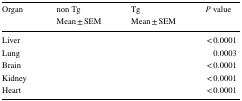
<table><thead><tr><td rowspan="2"><b>Organ</b></td><td><b>non Tg</b></td><td><b>Tg</b></td><td rowspan="2"><b><i>P</i> value</b></td></tr><tr><td><b>Mean ± SEM</b></td><td><b>Mean ± SEM</b></td></tr></thead><tbody><tr><td>Liver</td><td>[EMPTY_CELL]</td><td>[EMPTY_CELL]</td><td>&lt; 0.0001</td></tr><tr><td>Lung</td><td>[EMPTY_CELL]</td><td>[EMPTY_CELL]</td><td>0.0003</td></tr><tr><td>Brain</td><td>[EMPTY_CELL]</td><td>[EMPTY_CELL]</td><td>&lt; 0.0001</td></tr><tr><td>Kidney</td><td>[EMPTY_CELL]</td><td>[EMPTY_CELL]</td><td>&lt; 0.0001</td></tr><tr><td>Heart</td><td>[EMPTY_CELL]</td><td>[EMPTY_CELL]</td><td>&lt; 0.0001</td></tr></tbody></table>